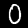
Digit: 0